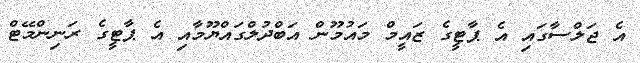
އެ ޖަލްސާގައި އެ ޕާޓީގެ ޒައީމް މައުމޫން އަބްދުލްގައްޔޫމާއި އެ ޕާޓީގެ ރަނިންމޭޓް